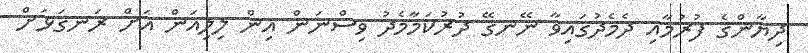
ދިޔާންގެ ފުރުމާއި ދެމެދުގައިވާ ނޭނގޭ ދުރުކަމާމެދު ވިސްނަން އިން ލިލިއަން އަށް ރަނގަޅަށް